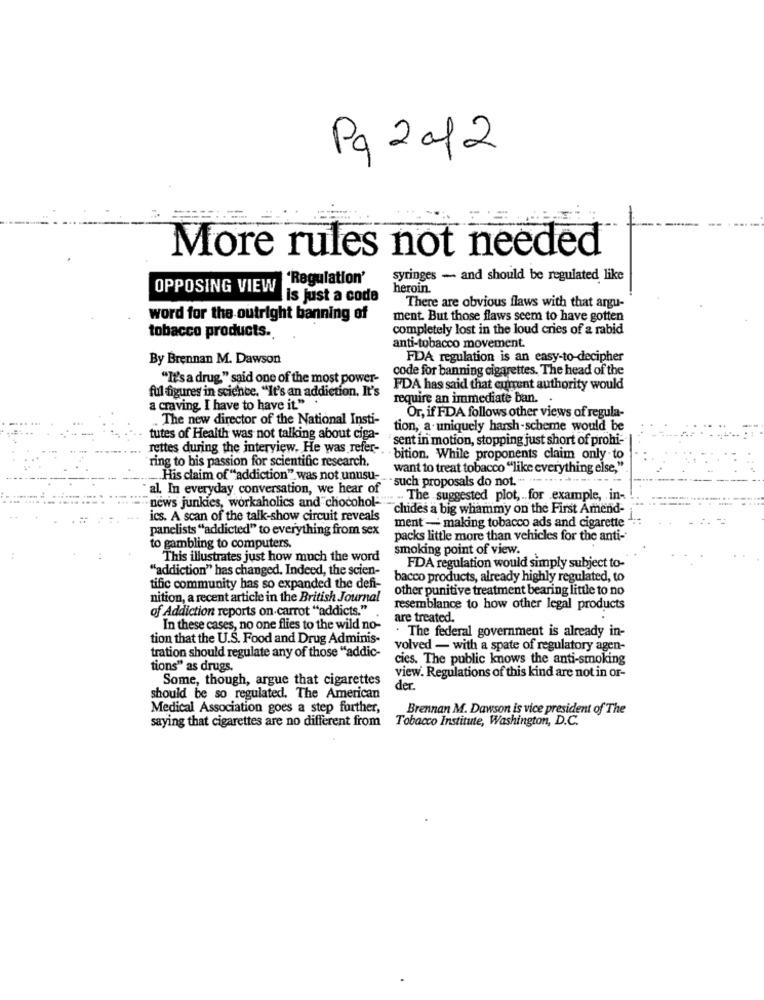
Pg 2 of2
More rules not needed
'Regulation'
syringes - and should be regulated like
OPPOSING VIEW
heroin.
is just a code
There are obvious flaws with that argu-
word for the outright banning of
ment. But those flaws seem to have gotten
tobacco products.
completely lost in the loud cries of a rabid
anti-tobacco movement.
By Brennan M. Dawson
FDA regulation is an easy-to-decipher
code for banning cigarettes. The head of the
"It'sa drug" said one of the most power-
ful figures in science. "It's an addiction, It's
FDA has said that current authority would
require an immediate ban.
a craving. I have to have it." .
Or, if FDA follows other views of regula-
. The new director of the National Insti-
tion, a uniquely harsh-scheme would be
tutes of Health was not talking about ciga-
sent in motion, stopping just short of prohi-
... rettes during the interview. He was refer-
ring to bis passion for scientific research.
bition. While proponents claim only to
want to treat tobacco "like everything else,"
.His claim of "addiction" was not unusu-
· · such proposals do not .··· ··· ···· ···-
al. In everyday conversation, we hear of
"news junkies, workaholics and chocohol-
.... .. The suggested plot, . for example, in-
"chides a big whammy on the First Amend-
ics. A scan of the talk-show circuit reveals
ment- making tobacco ads and cigarette
panelists "addicted" to everything from sex
packs little more than vehicles for the anti-
to gambling to computers.
smoking point of view.
This illustrates just how much the word
"addiction" has changed. Indeed, the scien-
FDA regulation would simply subject to-
bacco products, already highly regulated, to
tific community has so expanded the defi-
other punitive treatment bearing little to no
nition, a recent article in the British Journal
of Addiction reports on carrot "addicts."
resemblance to how other legal products
are treated.
In these cases, no one flies to the wild no-
. The federal government is already in-
tion that the U.S. Food and Drug Adminis-
volved - with a spate of regulatory agen-
tration should regulate any of those "addic-
cies. The public knows the anti-smoking
tions" as drugs.
Some, though, argue that cigarettes
view. Regulations of this kind are not in or-
der.
should be so regulated. The American
Medical Association goes a step further,
Brennan M. Dawson is vice president of The
Tobacco Institute, Washington, D.C.
saying that cigarettes are no different from